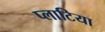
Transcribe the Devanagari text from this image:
प्लाटिया